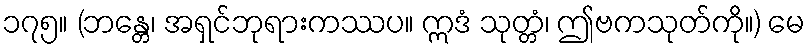
၁၇၅။ (ဘန္တေ၊ အရှင်ဘုရားကဿပ။ ဣဒံ သုတ္တံ၊ ဤဗကသုတ်ကို။) မေ